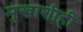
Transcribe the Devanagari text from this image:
मुखाशीही